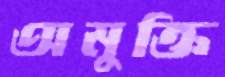
অমুক্তি